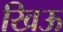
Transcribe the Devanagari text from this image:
खिऊ